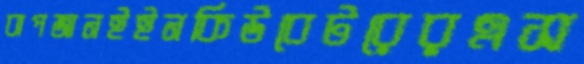
বাপজানইইনকিউবেটরেরএস